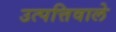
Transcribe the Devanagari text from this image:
उत्पत्तिवाले